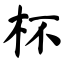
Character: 杯